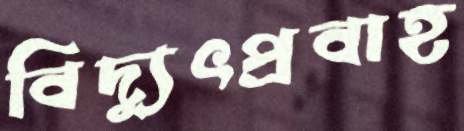
বিদ্যুৎপ্রবাহ